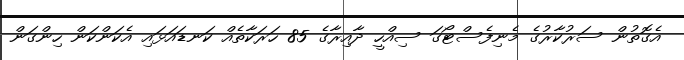
އެގޮތުން ސަރުކާރުގެ މެނިފެސްޓޯގަ ސިއްހީ ދާއިރާގެ 85 ހަރަކާތެއް ކަނޑައަޅައި އެކަންކަން ހިންގަން